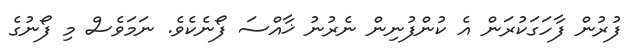
ފުރުން ފާހަގަކުރަން އެ ކުންފުނިން ނެރުނު ޚާއްސަ ފޯނެކެވެ. ނަމަވެސް މި ފޯނުގެ